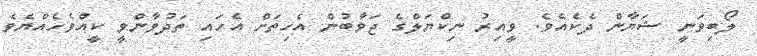
ލޯބިވަނީ ޝަޔާން ދެކެއެވެ. ވީއިރު ނިކްޔަލްގެ ޖަވާބުން އެހިތަށް އެހައި ތަދުވާންވީ ކީއްވެހެއްޔެވެ